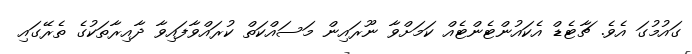
ގައުމުގަ އެވެ. ޗާޓެޑް އެކައުންޓެންޓެއް ކަމަށްވާ ނޫރައިން މަސައްކަތް ކުރައްވާފައިވާ ދާއިރާތަކުގެ ތެރޭގައި